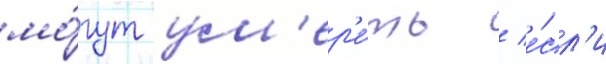
мо́гут ум'ер'е́ть / е́сл'и